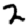
Digit: 2